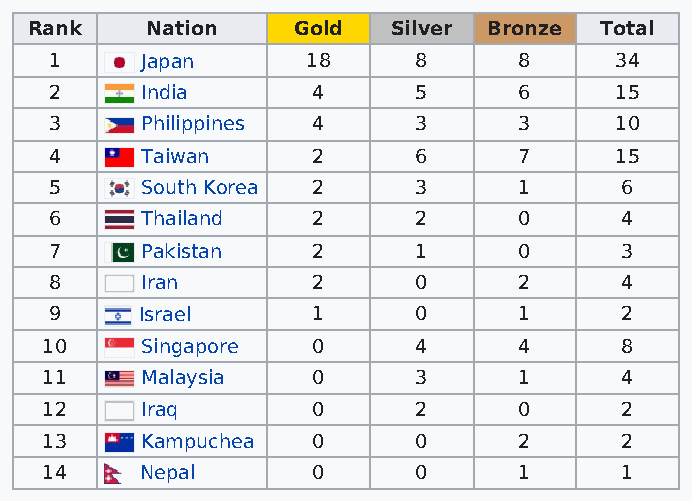
Rank    Nation   Gold   Silver Bronze Total
 1     Japan      18     8      8      34
 2     India       4     5      6      15
 3     Philippines 4     3      3      10
 4     Taiwan      2     6      7      15
 5     South Korea 2     3      1      6
 6     Thailand    2     2      0      4
 7     Pakistan    2     1      0      3
 8     Iran        2     0      2      4
 9     Israel      1     0      1      2
 10    Singapore   0     4      4      8
 11    Malaysia    0     3      1      4
 12    Iraq        0     2      0      2
 13    Kampuchea   0     0      2      2
 14    Nepal       0     0      1      1